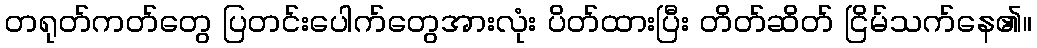
တရုတ်ကတ်တွေ ပြတင်းပေါက်တွေအားလုံး ပိတ်ထားပြီး တိတ်ဆိတ် ငြိမ်သက်နေ၏။